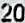
20